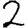
Digit: 2